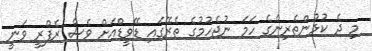
މި ދެ ކުޅުންތެރިންގެ ހަމަ ނުޖެހުމުގެ ތެރޭގައި ޑޭވީޑްއަށް ވެސް ރެފްރީ ވަނީ